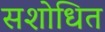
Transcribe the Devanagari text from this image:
सशोधित